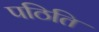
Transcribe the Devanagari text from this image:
पठिति